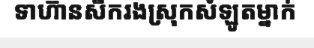
ទាហ៊ានសឹករងស្រុកសំឡូតម្នាក់